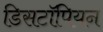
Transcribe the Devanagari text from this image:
डिसटॉपियन